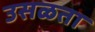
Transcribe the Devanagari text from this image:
उसळता